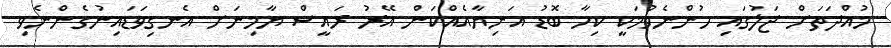
މުއްދަތަށް ޖަލުގައި ހުންނެވުމަކީ ކިހާ ބޮޑު އަނިޔާއެއްކަން އޭރު ރައީސް ޔާމިނަށް އެނގިވަޑައިނުގެންނެވި